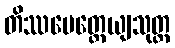
တိဿမေတ္တေယျသုတ္တ